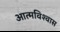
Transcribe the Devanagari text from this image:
आत्‍मविश्‍वास